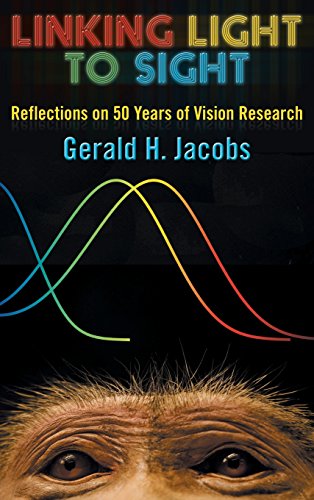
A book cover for Linking Light to Sight: Reflections on 50 Years of Vision Research; Gerald H. Jacobs; Health, Fitness & Dieting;